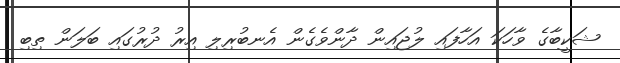
ޝަކީބާގެ ވާހަކަ އަހާފައި ލުޖައިން ދާންވެގެން އެނބުރިލި އިރު ދުރުގައި ބަލަން ތިބި